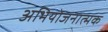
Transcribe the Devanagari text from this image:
अभियोजनात्मक